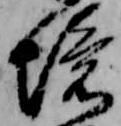
境